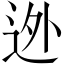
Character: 迯